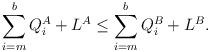
LaTeX: \begin{align*}\sum_{i=m}^b Q_i^A +L^A\leq \sum_{i=m}^b Q_i^B +L^B.\end{align*}